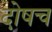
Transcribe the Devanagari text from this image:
दोषच